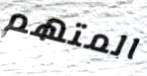
المتهم